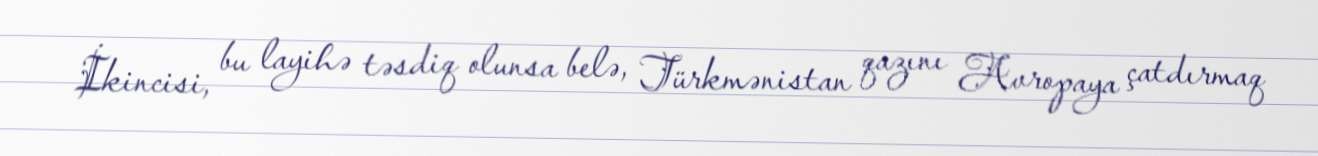
İkincisi, bu layihə təsdiq olunsa belə, Türkmənistan qazını Avropaya çatdırmaq